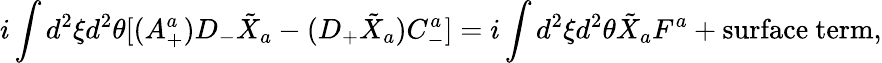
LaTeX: i\int d^{2}\xi d^{2}\theta[(A_{+}^{a})D_{-}\tilde{X}_{a}-(D_{+}\tilde{X}_{a})C_{-}^{a}]=i\int d^{2}\xi d^{2}\theta\tilde{X}_{a}F^{a}+\mathrm{surface~term},